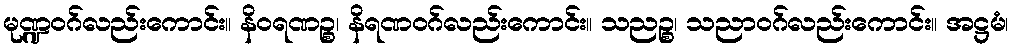
မုဏ္ဍဝဂ်လည်းကောင်း။ နိဝရဏဉ္စ၊ နိရဏဝဂ်လည်းကောင်း။ သညဉ္စ၊ သညာဝဂ်လည်းကောင်း။ အဋ္ဌမံ၊